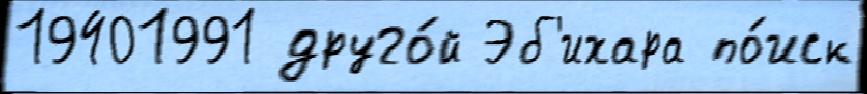
19401991 друго́й Эб'ихара по́иск